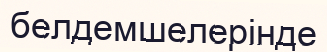
белдемшелерінде